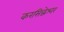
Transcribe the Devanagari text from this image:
करसिद्धेश्वर